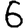
Digit: 6